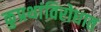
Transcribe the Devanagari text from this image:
कुप्रथांविरोधात